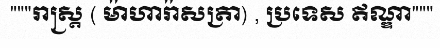
"""រាស្ត្រ ( ម៉ាហារ៉ាសត្រា) , ប្រទេស ឥណ្ឌា"""